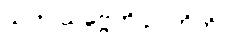
သဟ သဗ္ဗေဟိ ဉာတိဘိ။